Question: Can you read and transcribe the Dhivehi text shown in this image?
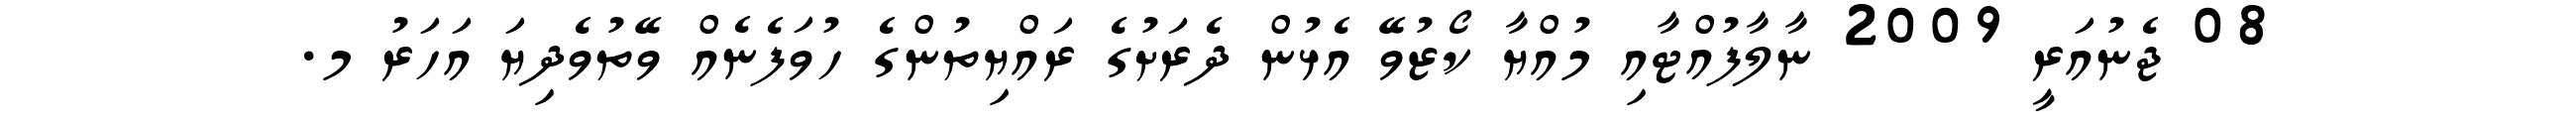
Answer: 08 ޖެނުއަރީ 2009 ނާލާފުއްޓާއި މުއްޔާ ކޯޒުވޭ އެޅުން ދެރަށުގެ ރައްޔިތުންގެ ހުވަފެނެއް ވޭތުވެދިޔަ އަހަރު މ.